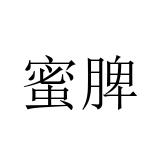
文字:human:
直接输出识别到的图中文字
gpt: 蜜脾